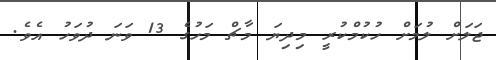
ޖަލަށް ލުމަށް ހުކުމްކުރީ މިދިޔަ މާޗް މަހުގެ 13 ވަނަ ދުވަހު އެވެ.